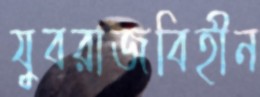
যুবরাজবিহীন